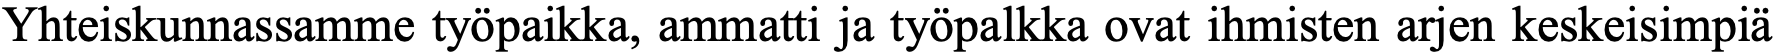
Yhteiskunnassamme työpaikka, ammatti ja työpalkka ovat ihmisten arjen keskeisimpiä